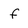
Character: f